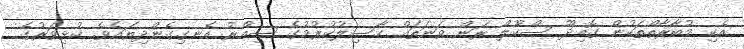
އެކި މުބާރާތްތަކުން ގޮއިދޫ ސްކޫލް ރަން ވަނަތައް ހާސިލުކުރުމުގެ ސިއްރު އެނގިގެންދިޔައެވެ. ކުޅިވަރުގެ